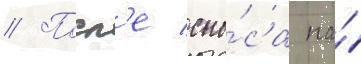
// Посл'е сно́са на́